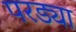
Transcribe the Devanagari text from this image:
परड्या